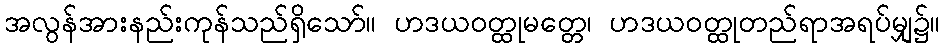
အလွန်အားနည်းကုန်သည်ရှိသော်။ ဟဒယဝတ္ထုမတ္တေ၊ ဟဒယဝတ္ထုတည်ရာအရပ်မျှ၌။